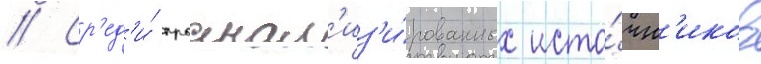
// Ср'ед'и́ проанал'из'и́рованных исто́чн'иков